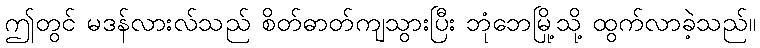
ဤတွင် မဒန်လားလ်သည် စိတ်ဓာတ်ကျသွားပြီး ဘုံဘေမြို့သို့ ထွက်လာခဲ့သည်။